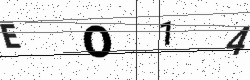
Text: EO14